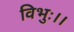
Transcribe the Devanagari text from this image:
विभुः।।